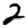
Digit: 2